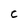
Character: c